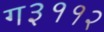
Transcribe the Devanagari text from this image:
ग३११२